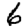
Digit: 6